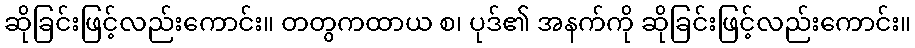
ဆိုခြင်းဖြင့်လည်းကောင်း။ တတွကထာယ စ၊ ပုဒ်၏ အနက်ကို ဆိုခြင်းဖြင့်လည်းကောင်း။